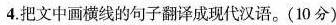
4.把文中画横线的句子翻译成现代汉语。(10分)